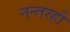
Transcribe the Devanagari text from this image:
नन्तरही